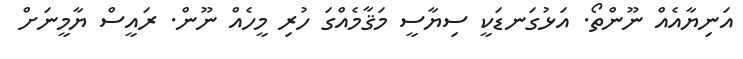
އަނިޔާއެއް ނޫންތޯ. އަޅުގަނޑަކީ ސިޔާސީ މަޤާމެއްގަ ހުރި މީހެއް ނޫން. ރައީސް ޔާމީނަށް